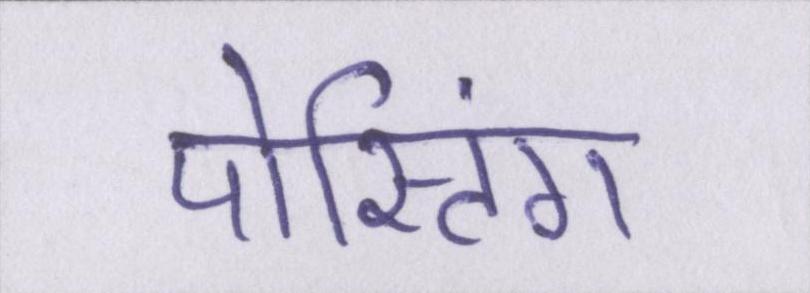
पोस्टिंग